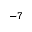
^ { - 7 }